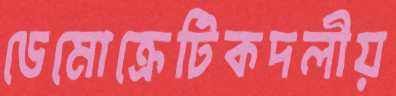
ডেমোক্রেটিকদলীয়